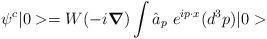
LaTeX: \begin{align*}\psi^{c} |0> = W(-i \mbox{\boldmath $\nabla$} ) \int \hat{a}_{p} ~e^{i p \cdot x} (d^{3}p)|0>\end{align*}